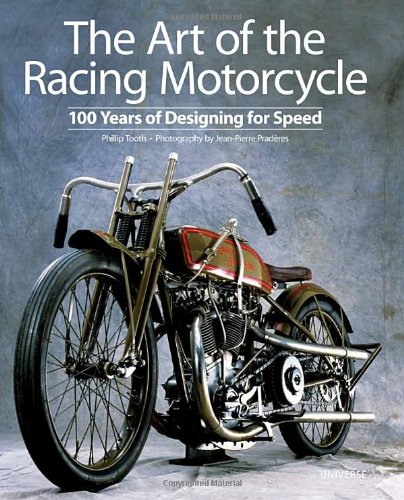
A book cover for The Art of the Racing Motorcycle: 100 Years of Designing for Speed; Phillip Tooth; Engineering & Transportation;